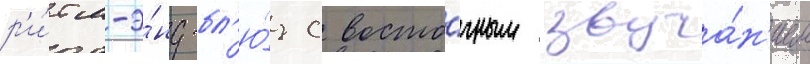
р'и́тм-э́нд-бл'ю́з с восто́чным звуча́н'ием